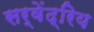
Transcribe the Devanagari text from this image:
सर्वेंद्रिय